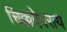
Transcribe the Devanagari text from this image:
चिक्कदेवराय